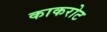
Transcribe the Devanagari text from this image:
काकरोट